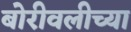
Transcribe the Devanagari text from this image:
बोरीवलीच्या